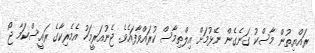
ރައްޔިތުން މާސްކު ގަނެގެން ނޭޅުމަށް އިލްތިމާސް ކުރައްވާފައެވެ. ޖެނުއަރީމަހު އެމެރިކާގެ ރައީސްކަމާ ޖޯ